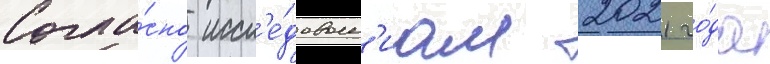
Согла́сно иссл'е́дован'иам 2021 го́да